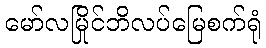
မော်လမြိုင်ဘိလပ်မြေစက်ရုံ